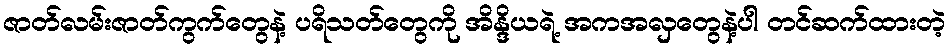
ဇာတ်လမ်းဇာတ်ကွက်တွေနဲ့ ပရိသတ်တွေကို အိန္ဒိယရဲ့ အကအလှတွေနဲ့ပါ တင်ဆက်ထားတဲ့